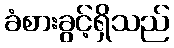
ခံစားခွင့်ရှိသည်